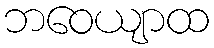
ဘဝေယျာထ